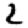
Digit: 2